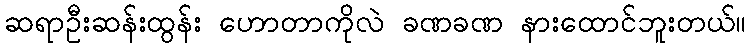
ဆရာဦးဆန်းထွန်း ဟောတာကိုလဲ ခဏခဏ နားထောင်ဘူးတယ်။